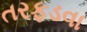
તરફડવા